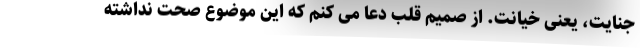
جنایت، یعنی خیانت. از صمیم قلب دعا می کنم که این موضوع صحت نداشته